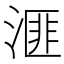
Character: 𪶬